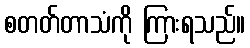
စတတ်တာသံကို ကြားရသည်။